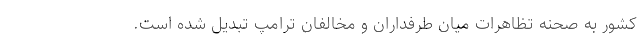
کشور به صحنه تظاهرات میان طرفداران و مخالفان ترامپ تبدیل شده است.